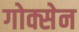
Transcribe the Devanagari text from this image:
गोक्सेन